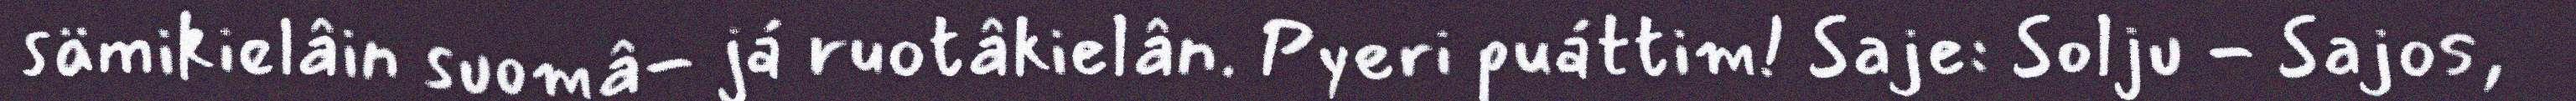
sämikielâin suomâ- já ruotâkielân. Pyeri puáttim! Saje: Solju - Sajos,